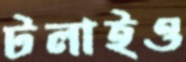
টলাইও